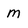
Character: m